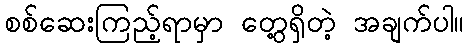
စစ်ဆေးကြည့်ရာမှာ တွေ့ရှိတဲ့ အချက်ပါ။